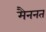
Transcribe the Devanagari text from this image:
मैननत